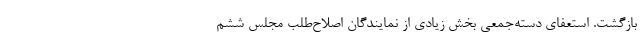
بازگشت. استعفای دسته‌جمعی بخش زیادی از نمایندگان اصلاح‌طلب مجلس ششم